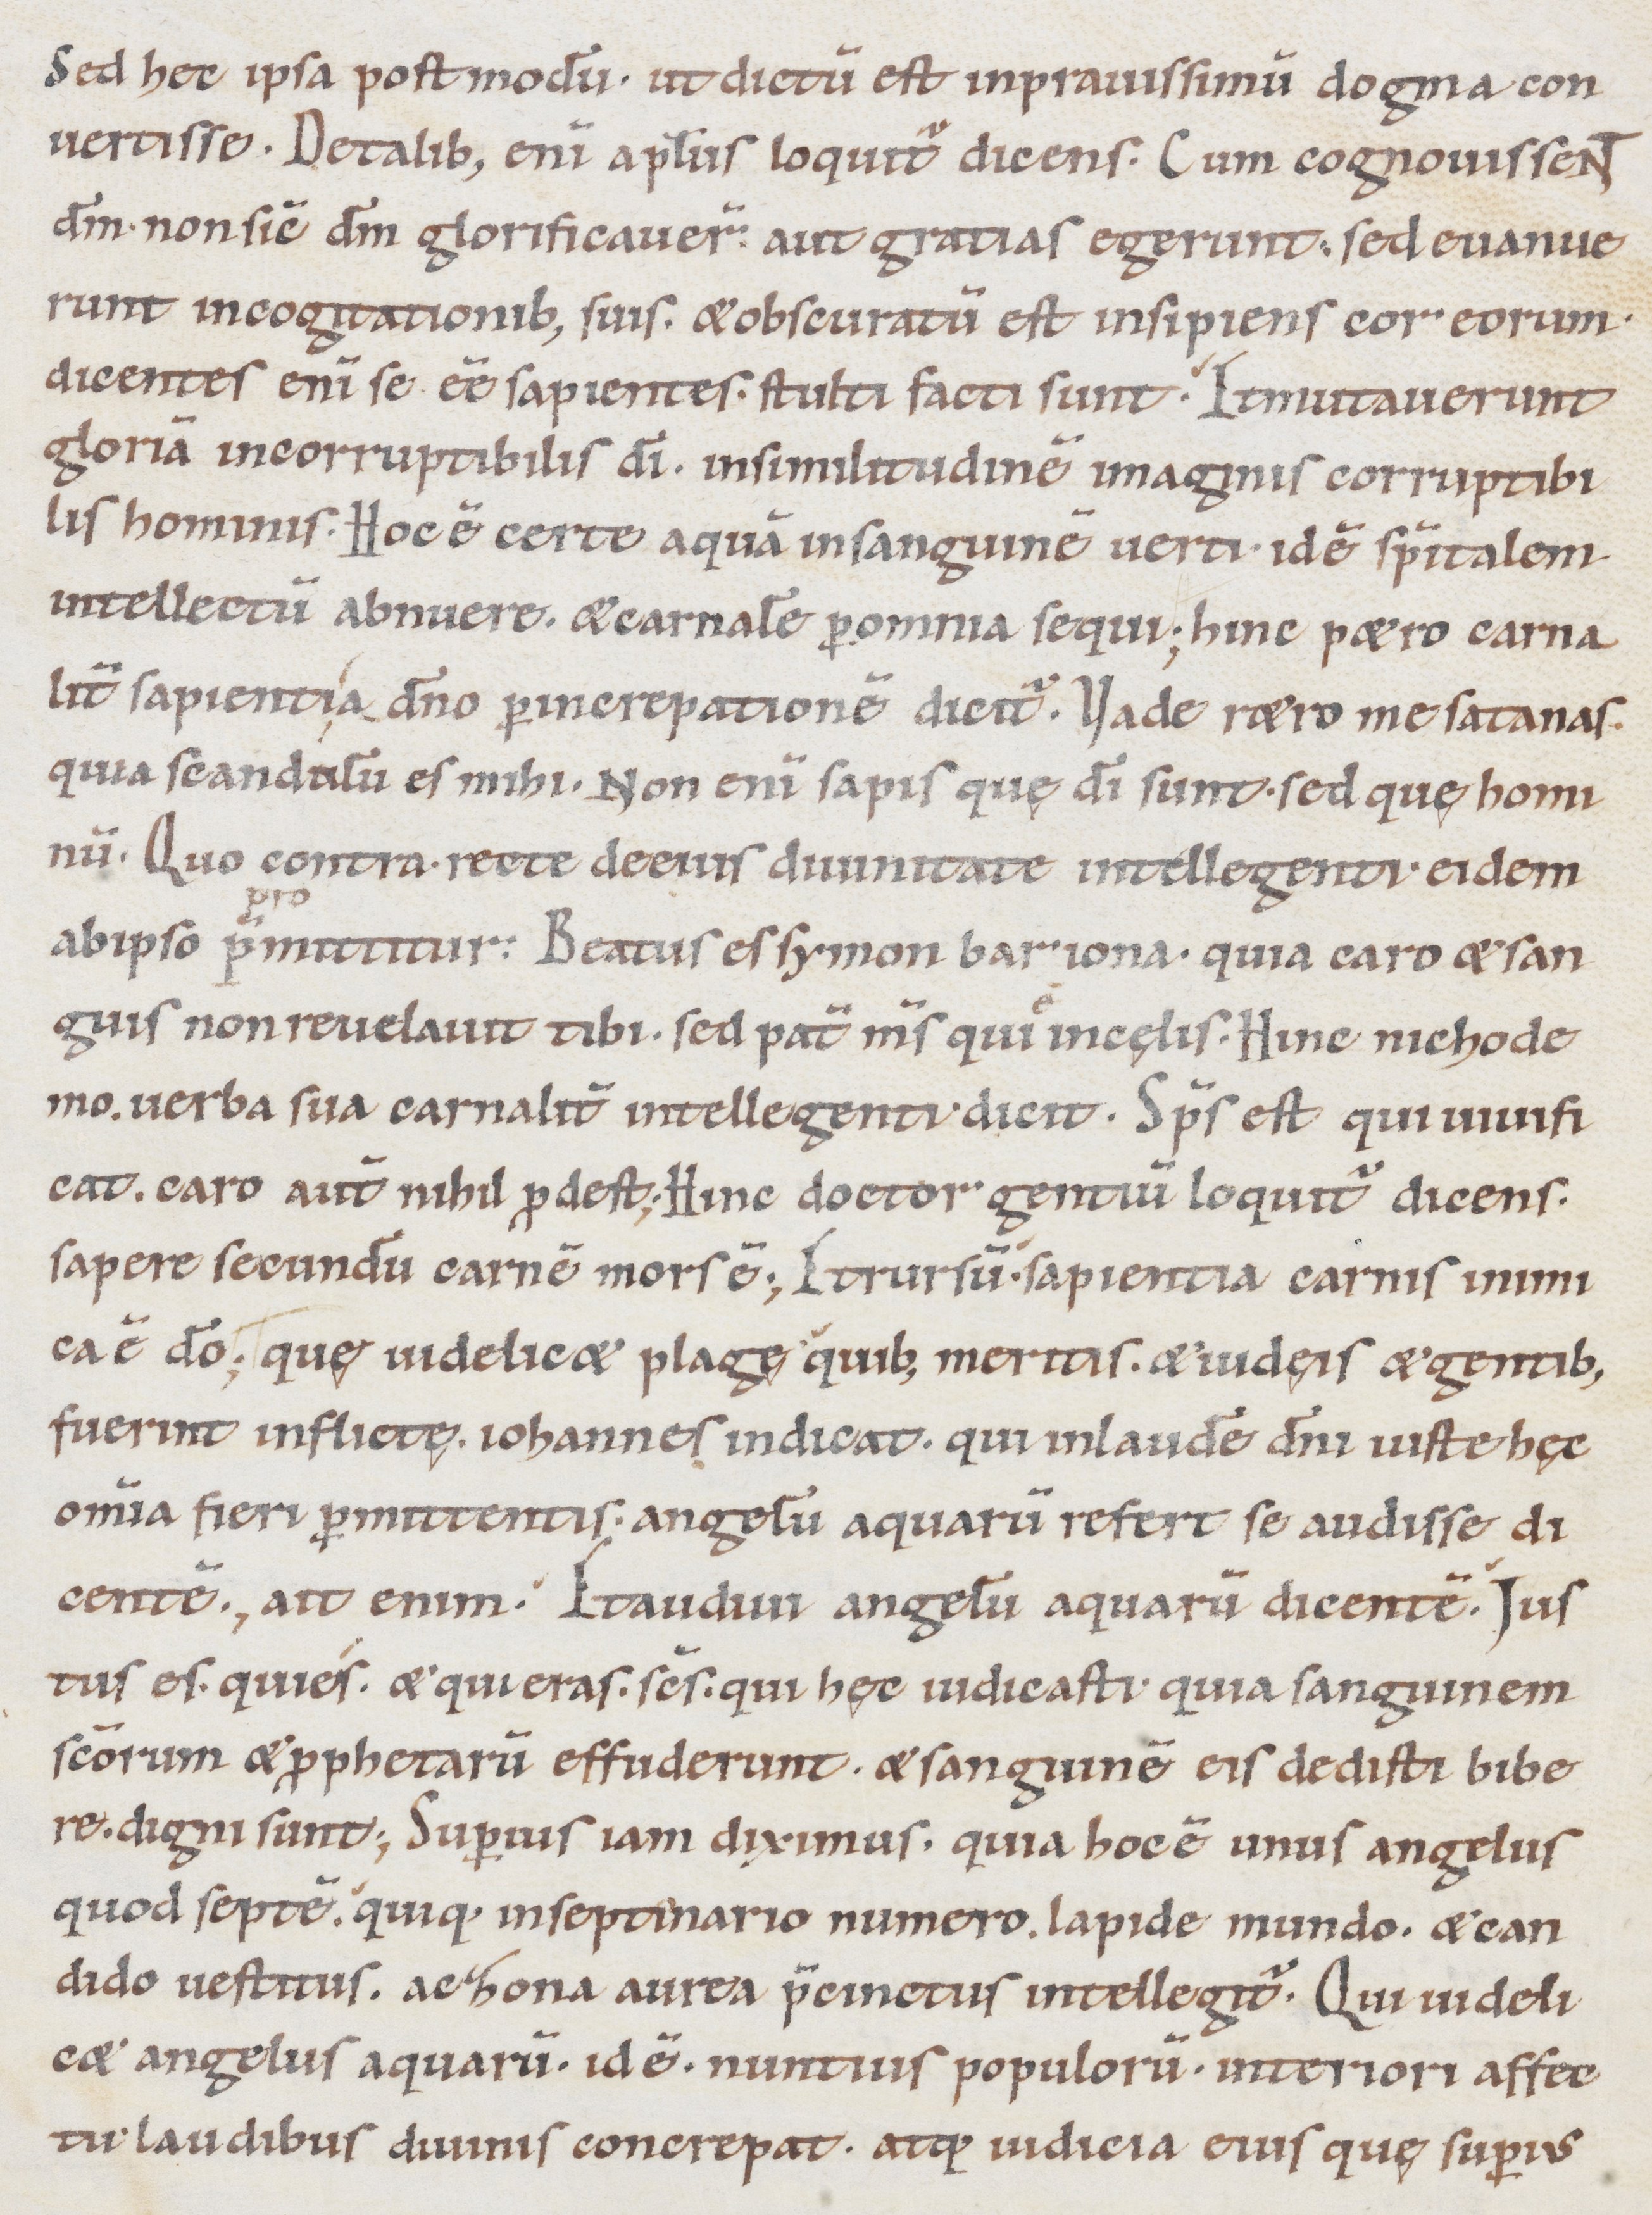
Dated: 1000–1099